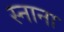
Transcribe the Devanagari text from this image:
स्नाना